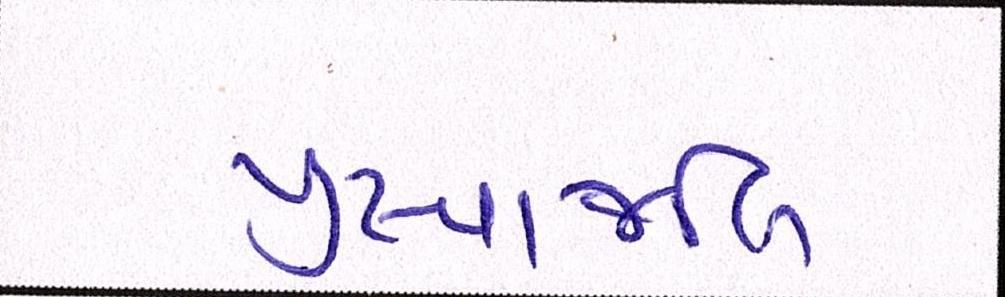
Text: પુંષ્પાજલિ